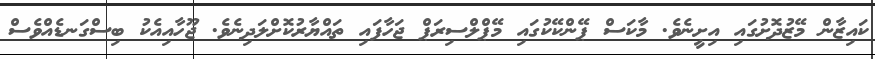
ކައިޒާން މޭޒުދޮށުގައި އިށީނެވެ. މާކަސް ޕޭންކޭކުގައި މޭޕްލްސިރަޕް ޖަހާފައި ތައްޔާރުކޮށްލަދިނެވެ. ޖޫހާއިއެކު ބިސްގަނޑެއްވެސް